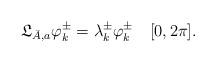
LaTeX: \begin{align*}\frak L_{\bar A,a}\varphi_k^\pm=\lambda_k^\pm\varphi_k^\pm\quad[0,2\pi].\end{align*}